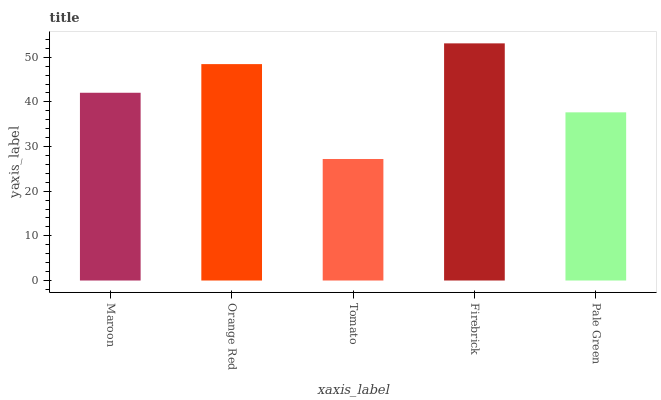
| xaxis_label | bars |
 | --- | --- |
 | Maroon | 42 |
 | Orange Red | 48.5 |
 | Tomato | 27.2 |
 | Firebrick | 53.1 |
 | Pale Green | 37.7 |